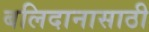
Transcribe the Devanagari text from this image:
बलिदानासाठी